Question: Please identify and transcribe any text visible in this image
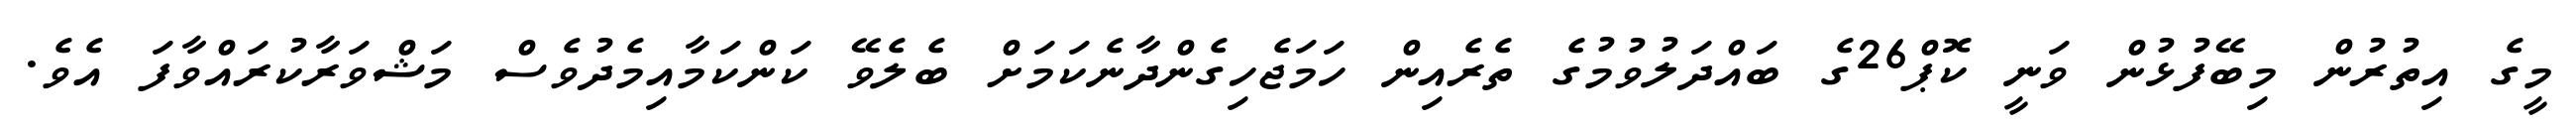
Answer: މީގެ އިތުރުން މިބޭފުޅުން ވަނީ ކޮޕް26ގެ ބައްދަލުވުމުގެ ތެރެއިން ހަމަޖެހިގެންދާނެކަމަށް ބެލެވޭ ކަންކަމާއިމެދުވެސް މަޝްވަރާކުރައްވާފަ އެވެ.